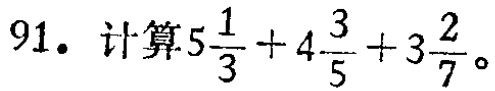
$91.\ 计算5\frac{1}{3}+4\frac{3}{5}+3\frac{2}{7}。$